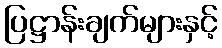
ပြဋ္ဌာန်းချက်များနှင့်